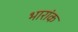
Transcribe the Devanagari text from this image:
भारांक